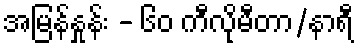
အမြန်နှုန်း - ၆၀ ကီလိုမီတာ/နာရီ